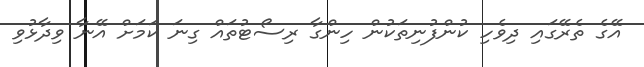
އޭގެ ތެރޭގައި ދިވެހި ކުންފުނިތަކުން ހިންގާ ރިސޯޓުތައް ގިނަ ކަމަށް އޭނާ ވިދާޅުވި